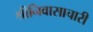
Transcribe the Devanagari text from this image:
श्रीनिवासाचारी